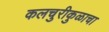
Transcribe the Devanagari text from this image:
कलचुरीकुळाचा